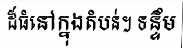
ដ៏ធំនៅក្នុងតំបន់។ ទន្ទឹម